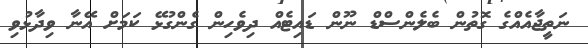
ނަތީޖާއެއްގެ ގޮތުން ބެލެންސްޑް ނޫން ޑައިޓެއް ދިވެހިން ގެންގުޅޭ ކަމަށް އޭނާ ވިދާޅުވި